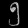
Digit: ၅